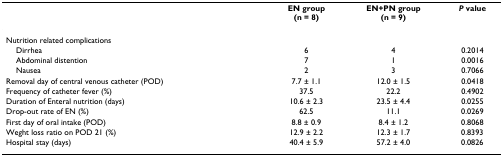
|  | EN group(n = 8) | EN+PN group(n = 9) | P value |
 | --- | --- | --- | --- |
 | Nutrition related complications |  |  |  |
 | Dirrhea | 6 | 4 | 0.2014 |
 | Abdominal distention | 7 | 1 | 0.0016 |
 | Nausea | 2 | 3 | 0.7066 |
 | Removal day of central venous catheter (POD) | 7.7 ± 1.1 | 12.0 ± 1.5 | 0.0418 |
 | Frequency of catheter fever (%) | 37.5 | 22.2 | 0.4902 |
 | Duration of Enteral nutrition (days) | 10.6 ± 2.3 | 23.5 ± 4.4 | 0.0255 |
 | Drop-out rate of EN (%) | 62.5 | 11.1 | 0.0269 |
 | First day of oral intake (POD) | 8.8 ± 0.9 | 8.4 ± 1.2 | 0.8068 |
 | Weght loss ratio on POD 21 (%) | 12.9 ± 2.2 | 12.3 ± 1.7 | 0.8393 |
 | Hospital stay (days) | 40.4 ± 5.9 | 57.2 ± 4.0 | 0.0826 |